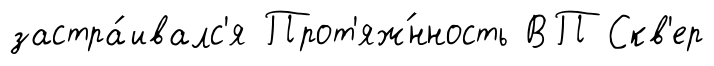
застра́ивалс'я Прот'яж́нность ВП Скв'ер